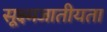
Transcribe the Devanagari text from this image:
सूक्ष्मजातीयता